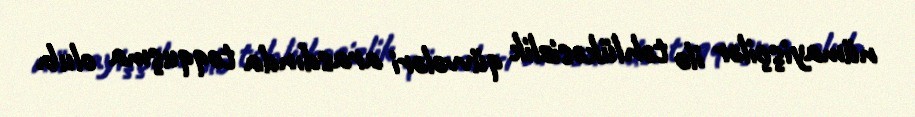
nümayişçilər ilə təhlükəsizlik qüvvələri arasdında toqquşma olub.